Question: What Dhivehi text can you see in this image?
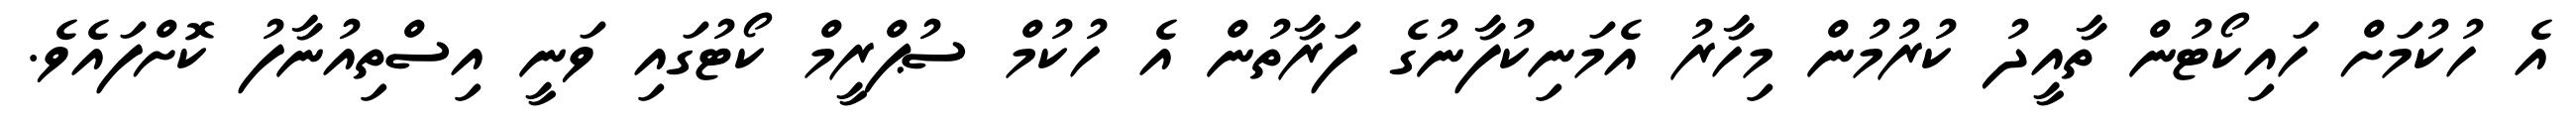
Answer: އެ ހުކުމަށް ހައިކޯޓުން ތާއީދު ކުރުމުން މިހާރު އެމަނިކުފާނުގެ ފަރާތުން އެ ހުކުމް ސުޕްރީމް ކޯޓުގައި ވަނީ އިސްތިއުނާފު ކޮށްފައެވެ.